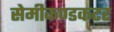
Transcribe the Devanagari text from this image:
सेमीकण्डकटर